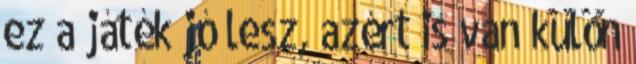
ez a játék jó lesz, azért is van külön